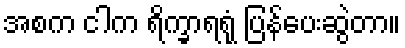
အစက ငါက ရိက္ခာရရုံ ပြန်ပေးဆွဲတာ။